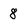
Character: 8